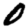
Digit: 0